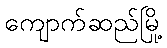
ကျောက်ဆည်မြို့